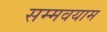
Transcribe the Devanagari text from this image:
सम्मवयाम